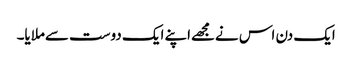
ایک دن اس نےمجھےاپنے ایک دوست سےملایا۔